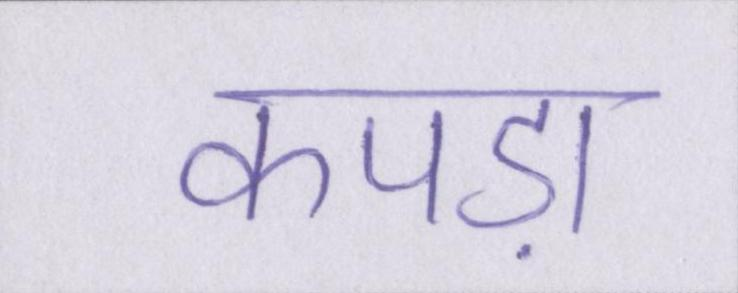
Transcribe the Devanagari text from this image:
कपड़ा